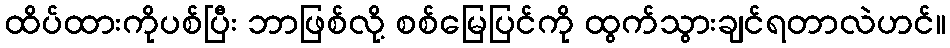
ထိပ်ထားကိုပစ်ပြီး ဘာဖြစ်လို့ စစ်မြေပြင်ကို ထွက်သွားချင်ရတာလဲဟင်။